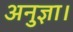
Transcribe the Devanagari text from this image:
अनुज्ञा।